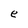
Character: e